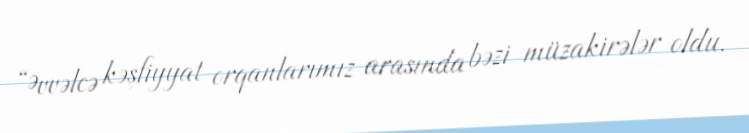
“Əvvəlcə kəşfiyyat orqanlarımız arasında bəzi müzakirələr oldu.